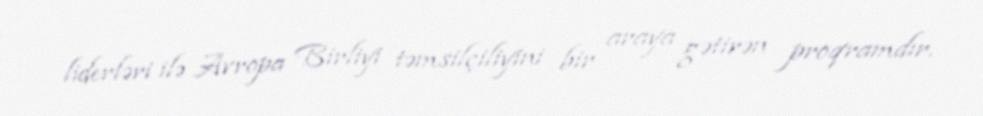
liderləri ilə Avropa Birliyi təmsilçiliyini bir araya gətirən proqramdır.